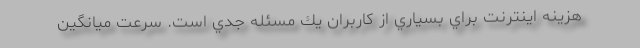
هزينه اينترنت براي بسياري از كاربران يك مسئله جدي است. سرعت ميانگين